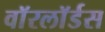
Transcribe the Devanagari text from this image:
वाॅरलाॅर्डस